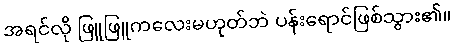
အရင်လို ဖြူဖြူကလေးမဟုတ်ဘဲ ပန်းရောင်ဖြစ်သွား၏။